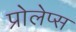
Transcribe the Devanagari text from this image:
प्रोलेप्स